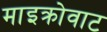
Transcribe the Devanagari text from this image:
माइक्रोवाट